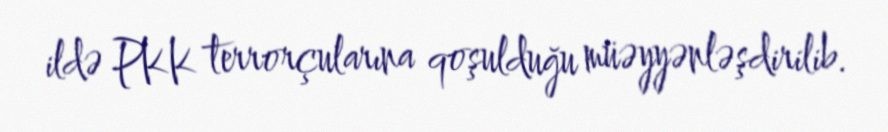
ildə PKK terrorçularına qoşulduğu müəyyənləşdirilib.